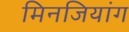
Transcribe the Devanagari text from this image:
मिनजियांग